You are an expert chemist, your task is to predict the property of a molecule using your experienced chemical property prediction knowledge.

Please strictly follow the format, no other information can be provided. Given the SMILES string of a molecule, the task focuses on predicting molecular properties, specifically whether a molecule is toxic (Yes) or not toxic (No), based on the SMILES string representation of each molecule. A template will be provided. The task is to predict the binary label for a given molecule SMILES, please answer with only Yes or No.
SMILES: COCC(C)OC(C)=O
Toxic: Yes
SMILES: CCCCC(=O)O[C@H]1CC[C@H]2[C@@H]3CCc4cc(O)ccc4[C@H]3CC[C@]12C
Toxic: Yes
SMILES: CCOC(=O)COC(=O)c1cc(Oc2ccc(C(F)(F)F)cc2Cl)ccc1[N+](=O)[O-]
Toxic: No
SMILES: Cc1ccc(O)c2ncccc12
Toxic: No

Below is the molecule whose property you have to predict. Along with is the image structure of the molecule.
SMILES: O=C1/C(=C2\Nc3ccccc3C2=O)Nc2ccccc21
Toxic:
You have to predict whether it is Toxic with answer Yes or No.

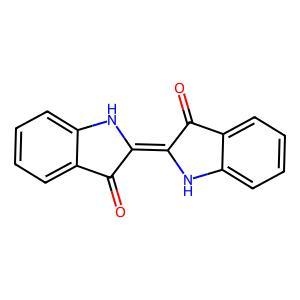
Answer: No